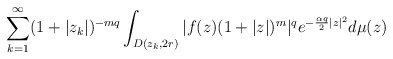
\begin{align*}\sum_{k=1}^\infty (1+|z_k|)^{-mq}\int_{D(z_k,2r)} |f(z)(1+|z|)^m|^qe^{-\frac{\alpha q}{2}|z|^2}d\mu(z)\end{align*}